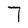
Character: 7